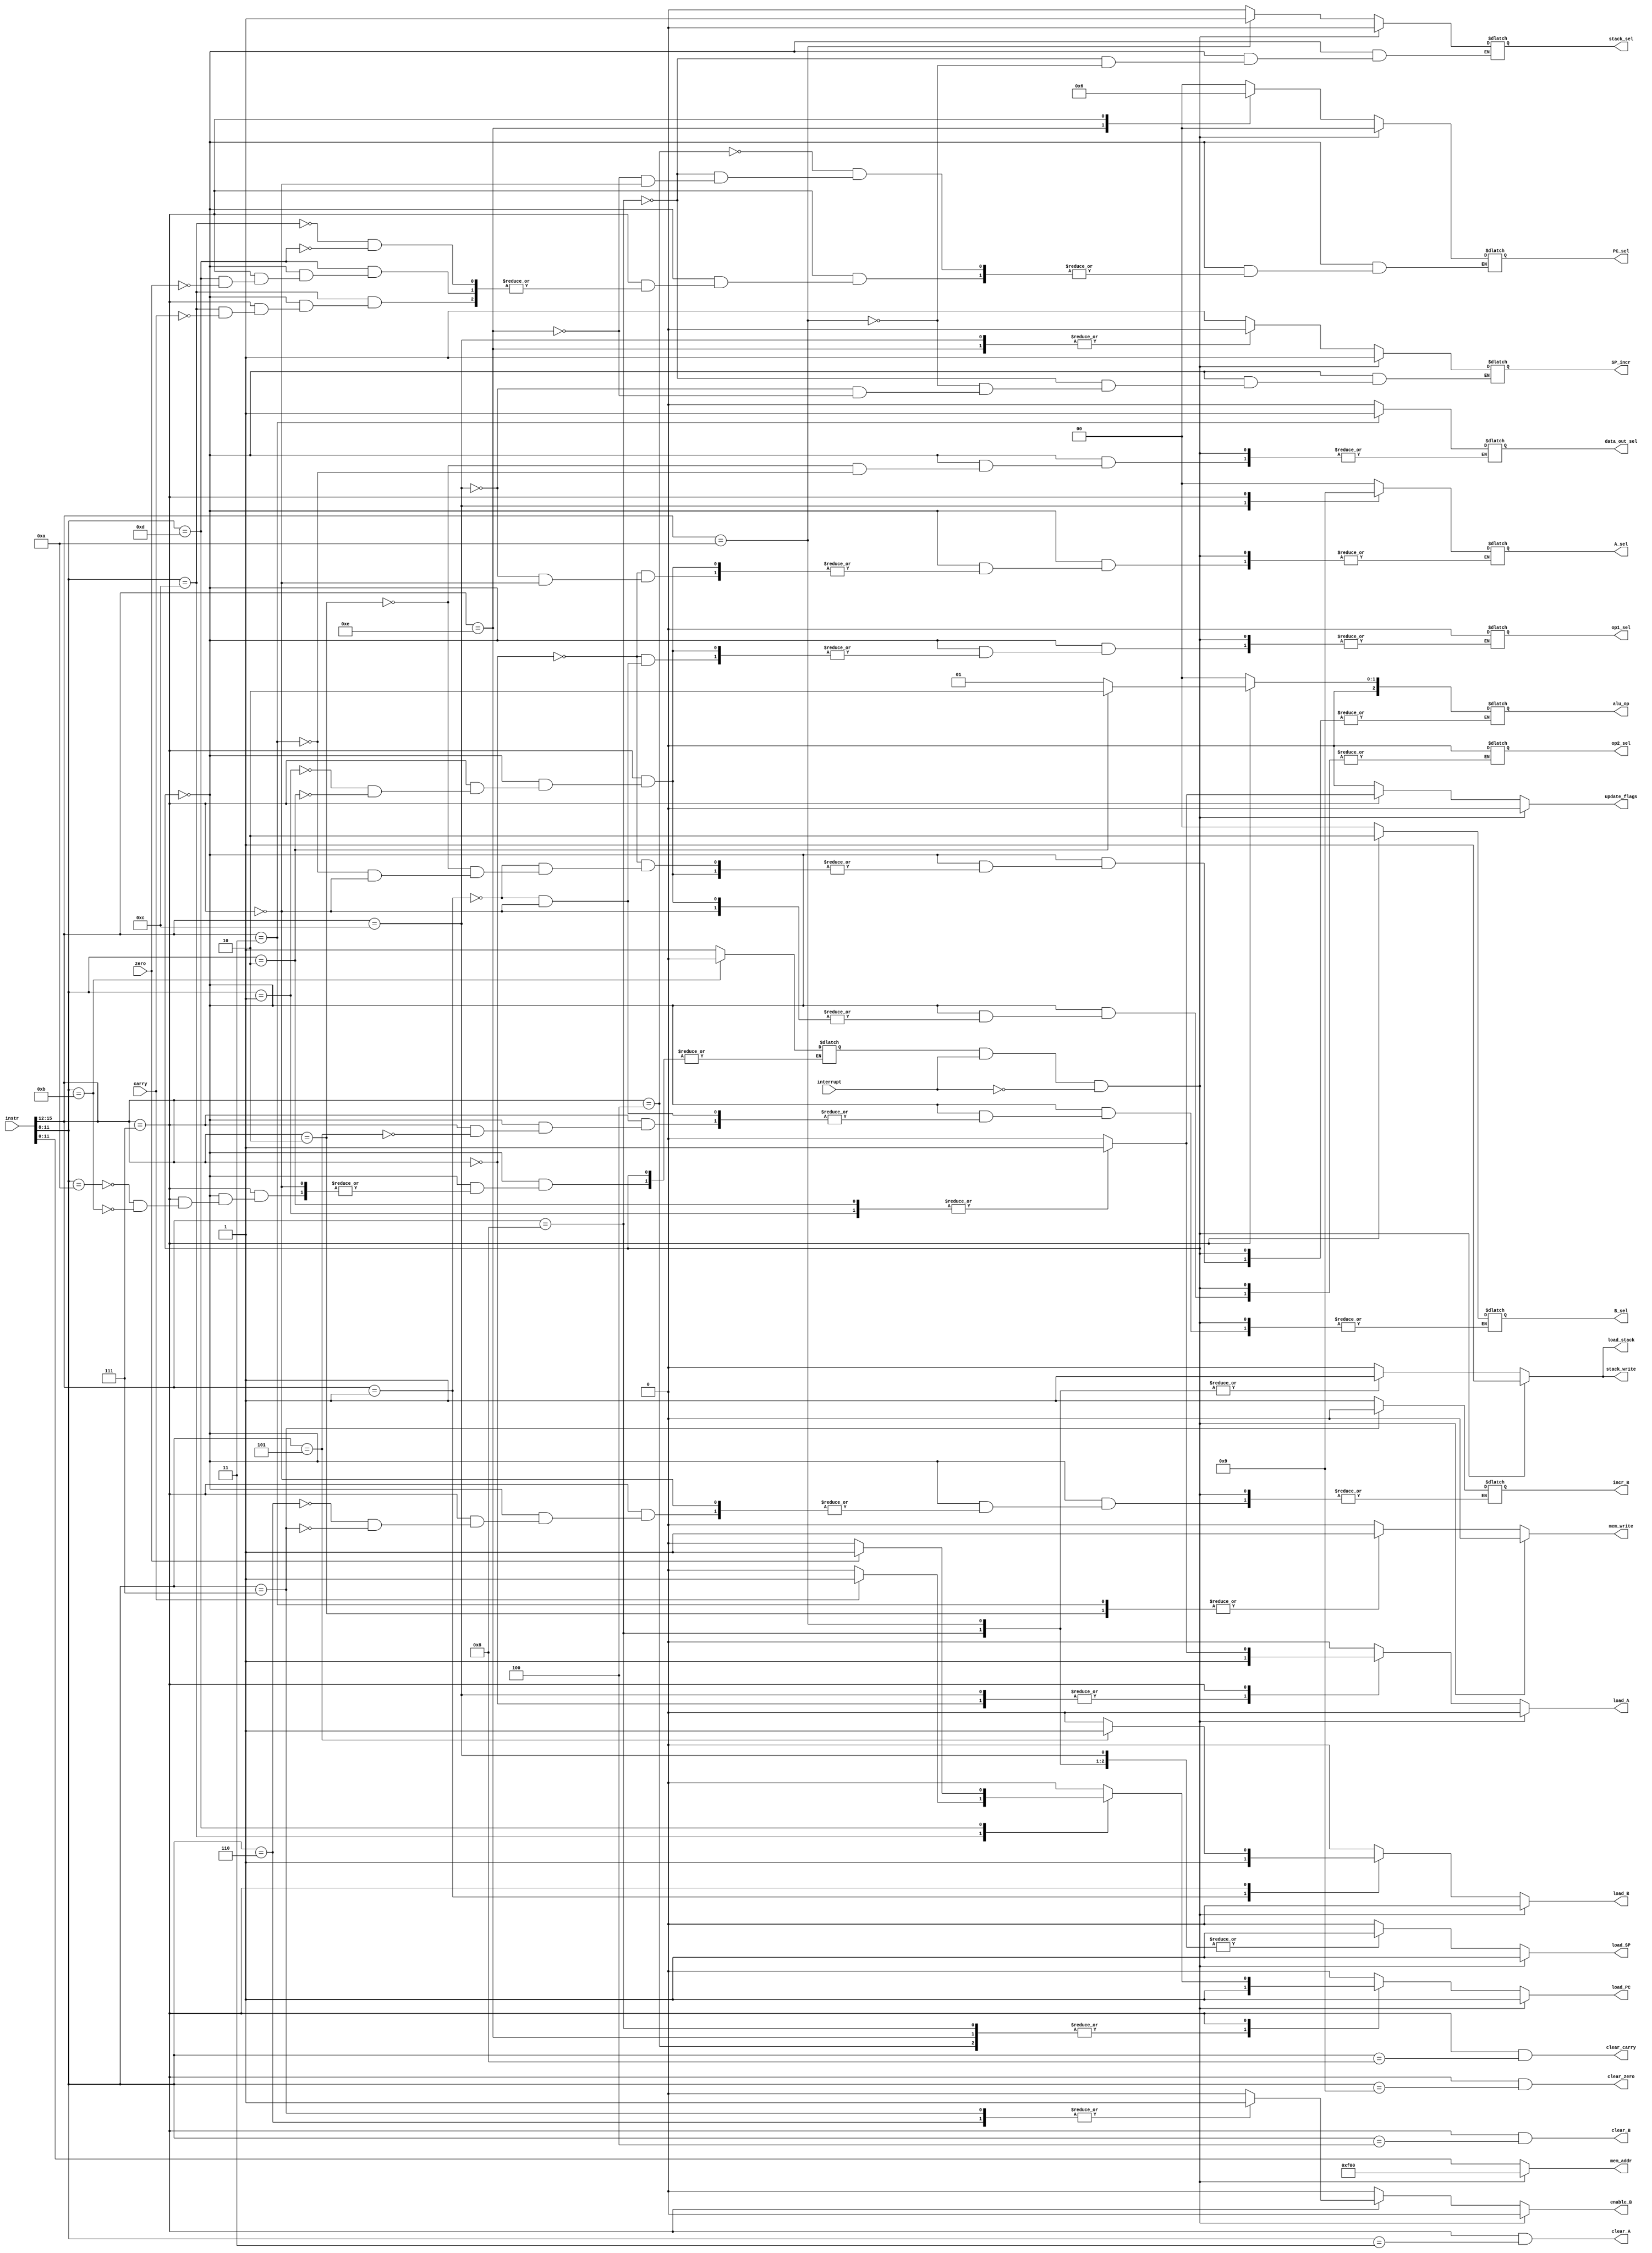
// the decoder produces microinstructions based on the opcode to control the execution of an instruction
module decoder(
    input [15:0] instr,
    input interrupt,
    input zero, carry,
    output reg load_A, load_B, load_PC, load_SP, load_stack,
    output reg [2:0] alu_op,
    output reg SP_incr, // 0 = decrement stack pointer, 1 = increment stack pointer
    output reg stack_write, // 0 = read from stack, 1 = write to stack    
    output reg stack_sel, // select the source for the stack 0 = PC, 1 = RegA      
    output reg op1_sel, op2_sel, //selects operands going into ALU
    output reg [1:0] A_sel, // 0 = read from memory, 1 = take ALU result, 2 = from stack
    output reg [1:0] B_sel, // 0 = read from memory, 1 = take ALU result, 2 = B'
    output reg [1:0] PC_sel, //select the source for the PC 0 = addr, 1 = stack, 2 = next_PC
    output reg enable_B, 
    output reg incr_B, //0 = decrement B, 1 = increment B
    output reg data_out_sel, // select where the output data (which goes to data memory) comes from. 0 = RegA, 1 = RegB
    output wire clear_A, clear_B, clear_zero, clear_carry,  
    output reg mem_write, // 0 = read, 1 = write
    output reg update_flags,     
    output reg [11:0] mem_addr
);
wire [3:0] opCode = instr[15:12];
wire [3:0] opCode_LSBs = instr[11:8];

reg IFF; // interrupt flip flop.
reg IEN; // interrupt enable

always @(instr) begin
    //set defaults
    load_A = 0; load_B = 0; load_PC = 0; load_SP = 0; load_stack = 0;
    mem_write = 0; stack_write = 0; enable_B = 0; update_flags = 0;
    mem_addr = instr[11:0];
    
    if(IEN & interrupt & ~IFF) begin 
        // first cycle of Interrupt Service Routine, JSR to INTVEC
        load_A = 0; load_B = 0; load_PC = 1; load_SP = 1; load_stack = 1;
        mem_write = 0; mem_addr = 12'hF00; // start address of ISR
        PC_sel = 0; SP_incr = 1; stack_sel = 0; stack_write = 1;   
        IFF = 1;          
    end
    else
    case(opCode)
        4'b0000: begin //LDA
            load_A = 1; load_B = 0; load_PC = 0; load_SP = 0; load_stack = 0;
            alu_op = 0; op1_sel = 0; 
            A_sel = 0; mem_write = 0;
        end
        4'b0001: begin //LDB
            load_A = 0; load_B = 1; load_PC = 0; load_SP = 0; load_stack = 0;
            alu_op = 0; op1_sel = 0; 
            B_sel = 0; mem_write = 0;
        end
        
        4'b0010: begin //STA
            load_A = 0; load_B = 0; load_PC = 0; load_SP = 0; load_stack = 0;
            alu_op = 0;
            data_out_sel = 0; mem_write = 1;
        end
        
        4'b0011: begin //STB
            load_A = 0; load_B = 0; load_PC = 0; load_SP = 0; load_stack = 0;
            alu_op = 0;
            data_out_sel = 1; mem_write = 1;
        end
        
        4'b0100: begin //JMP
            load_A = 0; load_B = 0; load_PC = 1; load_SP = 0; load_stack = 0;
            mem_write = 0;
            PC_sel = 0;
        end
        
        4'b0101: begin //NOP
            load_A = 0; load_B = 0; load_PC = 0; load_SP = 0; load_stack = 0;
            mem_write = 0;
        end
        
        4'b1000: begin //JSR
            load_A = 0; load_B = 0; load_PC = 1; load_SP = 1; load_stack = 1;
            mem_write = 0;
            PC_sel = 0; SP_incr = 1; stack_sel = 0; stack_write = 1;
        end
                
        4'b1010: begin //PUSHA
            load_A = 0; load_B = 0; load_PC = 0; load_SP = 1; load_stack = 1;
            mem_write = 0;
            SP_incr = 1; stack_sel = 1; stack_write = 1;
        end
        
        4'b1100: begin //POPA
            load_A = 1; load_B = 0; load_PC = 0; load_SP = 1; load_stack = 0;
            mem_write = 0;
            SP_incr = 0; A_sel = 2; stack_write = 0;
        end
        
        4'b1110: begin //RET
            load_A = 0; load_B = 0; load_PC = 1; load_SP = 1; load_stack = 0;
            mem_write = 0;
            SP_incr = 0; PC_sel = 1; stack_write = 0;
        end
        
        
        4'b0111: begin //Register reference instructions
            case(opCode_LSBs)                
                4'b0001: begin //ADD
                    load_A = 1; load_B = 0; load_PC = 0; load_SP = 0; load_stack = 0;
                    mem_write = 0; update_flags = 1;
                    alu_op = 1; op1_sel = 0; op2_sel = 0; A_sel = 1;       
                end 
                4'b0010: begin //AND
                    load_A = 1; load_B = 0; load_PC = 0; load_SP = 0; load_stack = 0;
                    mem_write = 0; update_flags = 1;
                    alu_op = 2; op1_sel = 0; op2_sel = 0; A_sel = 1;
                end
                //CLA and CLB implemented as assign
                4'b0011: begin //CLA
                    load_A = 0; load_B = 0; load_PC = 0; load_SP = 0; load_stack = 0;
                    mem_write = 0;
                end 
                4'b0100: begin //CLB
                    load_A = 0; load_B = 0; load_PC = 0; load_SP = 0; load_stack = 0;
                    mem_write = 0;
                end 
                4'b0101: begin //CMB
                    B_sel = 2;  load_B = 1;
                end 
                4'b0110: begin //INCB
                    enable_B = 1; incr_B = 1;
                end 
                4'b0111: begin //DECB
                    enable_B = 1; incr_B = 0;        
                end                
                4'b1010: begin //ION
                    IEN = 1;
                end 
                4'b1011: begin //IOF
                    IEN = 0;
                end 
                4'b1100: begin //SC
                    if(carry) begin
                        load_PC = 1; PC_sel = 2;
                    end        
                end 
                4'b1101: begin //SZ
                     if(zero) begin
                        load_PC = 1; PC_sel = 2;
                    end 
                end                 
            endcase        
        end
        
        4'b1111: begin //User configurable instructions
        
        end                        
    endcase
    
    IFF = interrupt;
end //always    
    //logic for Clear signals
    assign clear_A = (opCode == 4'h7) && (opCode_LSBs == 4'h3);
    assign clear_B = (opCode == 4'h7) && (opCode_LSBs == 4'h4);    
    assign clear_carry = (opCode == 4'h7) && (opCode_LSBs == 4'h8);
    assign clear_zero  = (opCode == 4'h7) && (opCode_LSBs == 4'h9);



endmodule